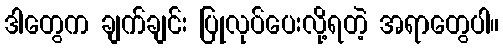
ဒါတွေက ချက်ချင်း ပြုလုပ်ပေးလို့ရတဲ့ အရာတွေပါ။